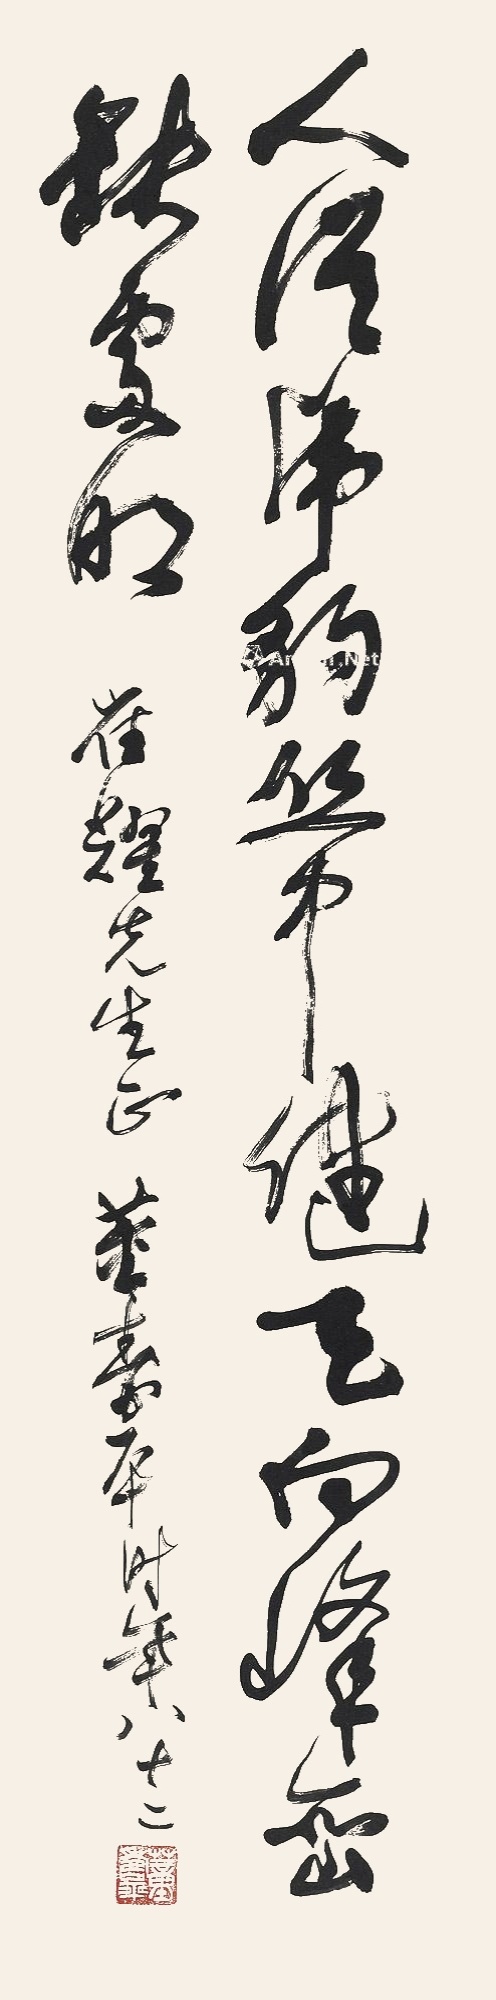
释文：人从虎豹丛中健，天向峰峦缺处明。崔耀先生正，董寿平时年八十二。